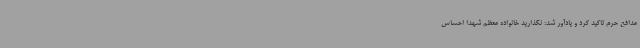
مدافع حرم تاکید کرد و یادآور شد: نگذارید خانواده معظم شهدا احساس